画像に写った文字を読んでください
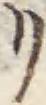
「リ」と書いてあります